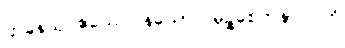
ဌာနေသု ဧသေဝ နယော။ မုဉ္စစေတနာပိ ဟိ